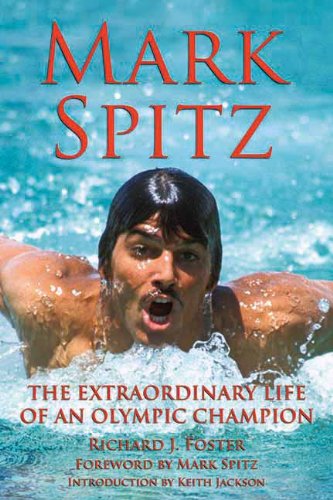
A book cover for Mark Spitz: The Extraordinary Life of an Olympic Champion; Richard J Foster; Sports & Outdoors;